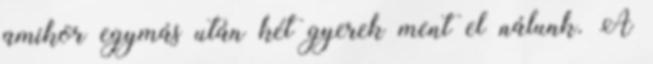
amikor egymás után két gyerek ment el nálunk. A